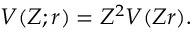
V ( Z ; r ) = Z ^ { 2 } V ( Z r ) .